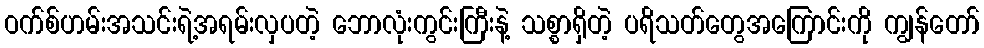
ဝက်စ်ဟမ်းအသင်းရဲ့အရမ်းလှပတဲ့ ဘောလုံးကွင်းကြီးနဲ့ သစ္စာရှိတဲ့ ပရိသတ်တွေအကြောင်းကို ကျွန်တော်